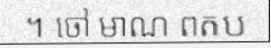
។ ចៅ មាណ ពតប